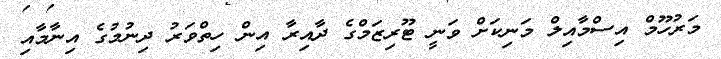
މަރުހޫމް އިސްމާއިލް މަނިކަށް ވަނީ ޓޫރިޒަމްގެ ދާއިރާ އިން ހިތްވަރު ދިނުމުގެ އިނާމާއި